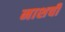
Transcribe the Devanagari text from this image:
नाशची